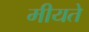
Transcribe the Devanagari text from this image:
मीयते